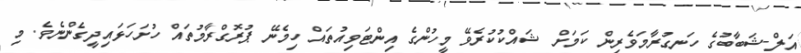
އަލް-ޝަބާބުގެ ހަނގުރާމަވެރިން ކަމަށް ޝައްކުކުރެވޭ މީހުންގެ އިންޓަވިއުތައް ހިމެނޭ ޕުރޮގްރާމުތައް ހުށަހަޅައިދީގެންނެވެ. މި